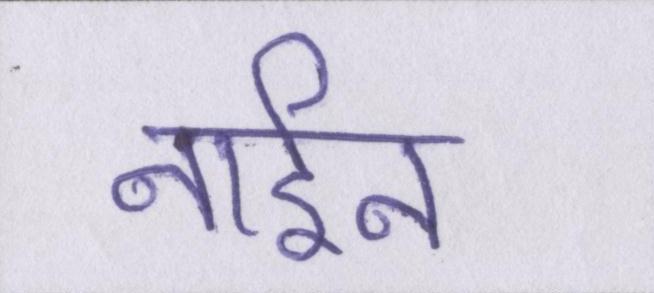
नाईन